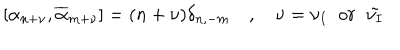
[ \alpha _ { n + \nu } , \overline { { { \alpha } } } _ { m + \nu } ] = ( n + \nu ) \delta _ { n , - m } \quad , \quad \nu = \nu _ { I } \; \; o r \; \; \tilde { \nu _ { I } }